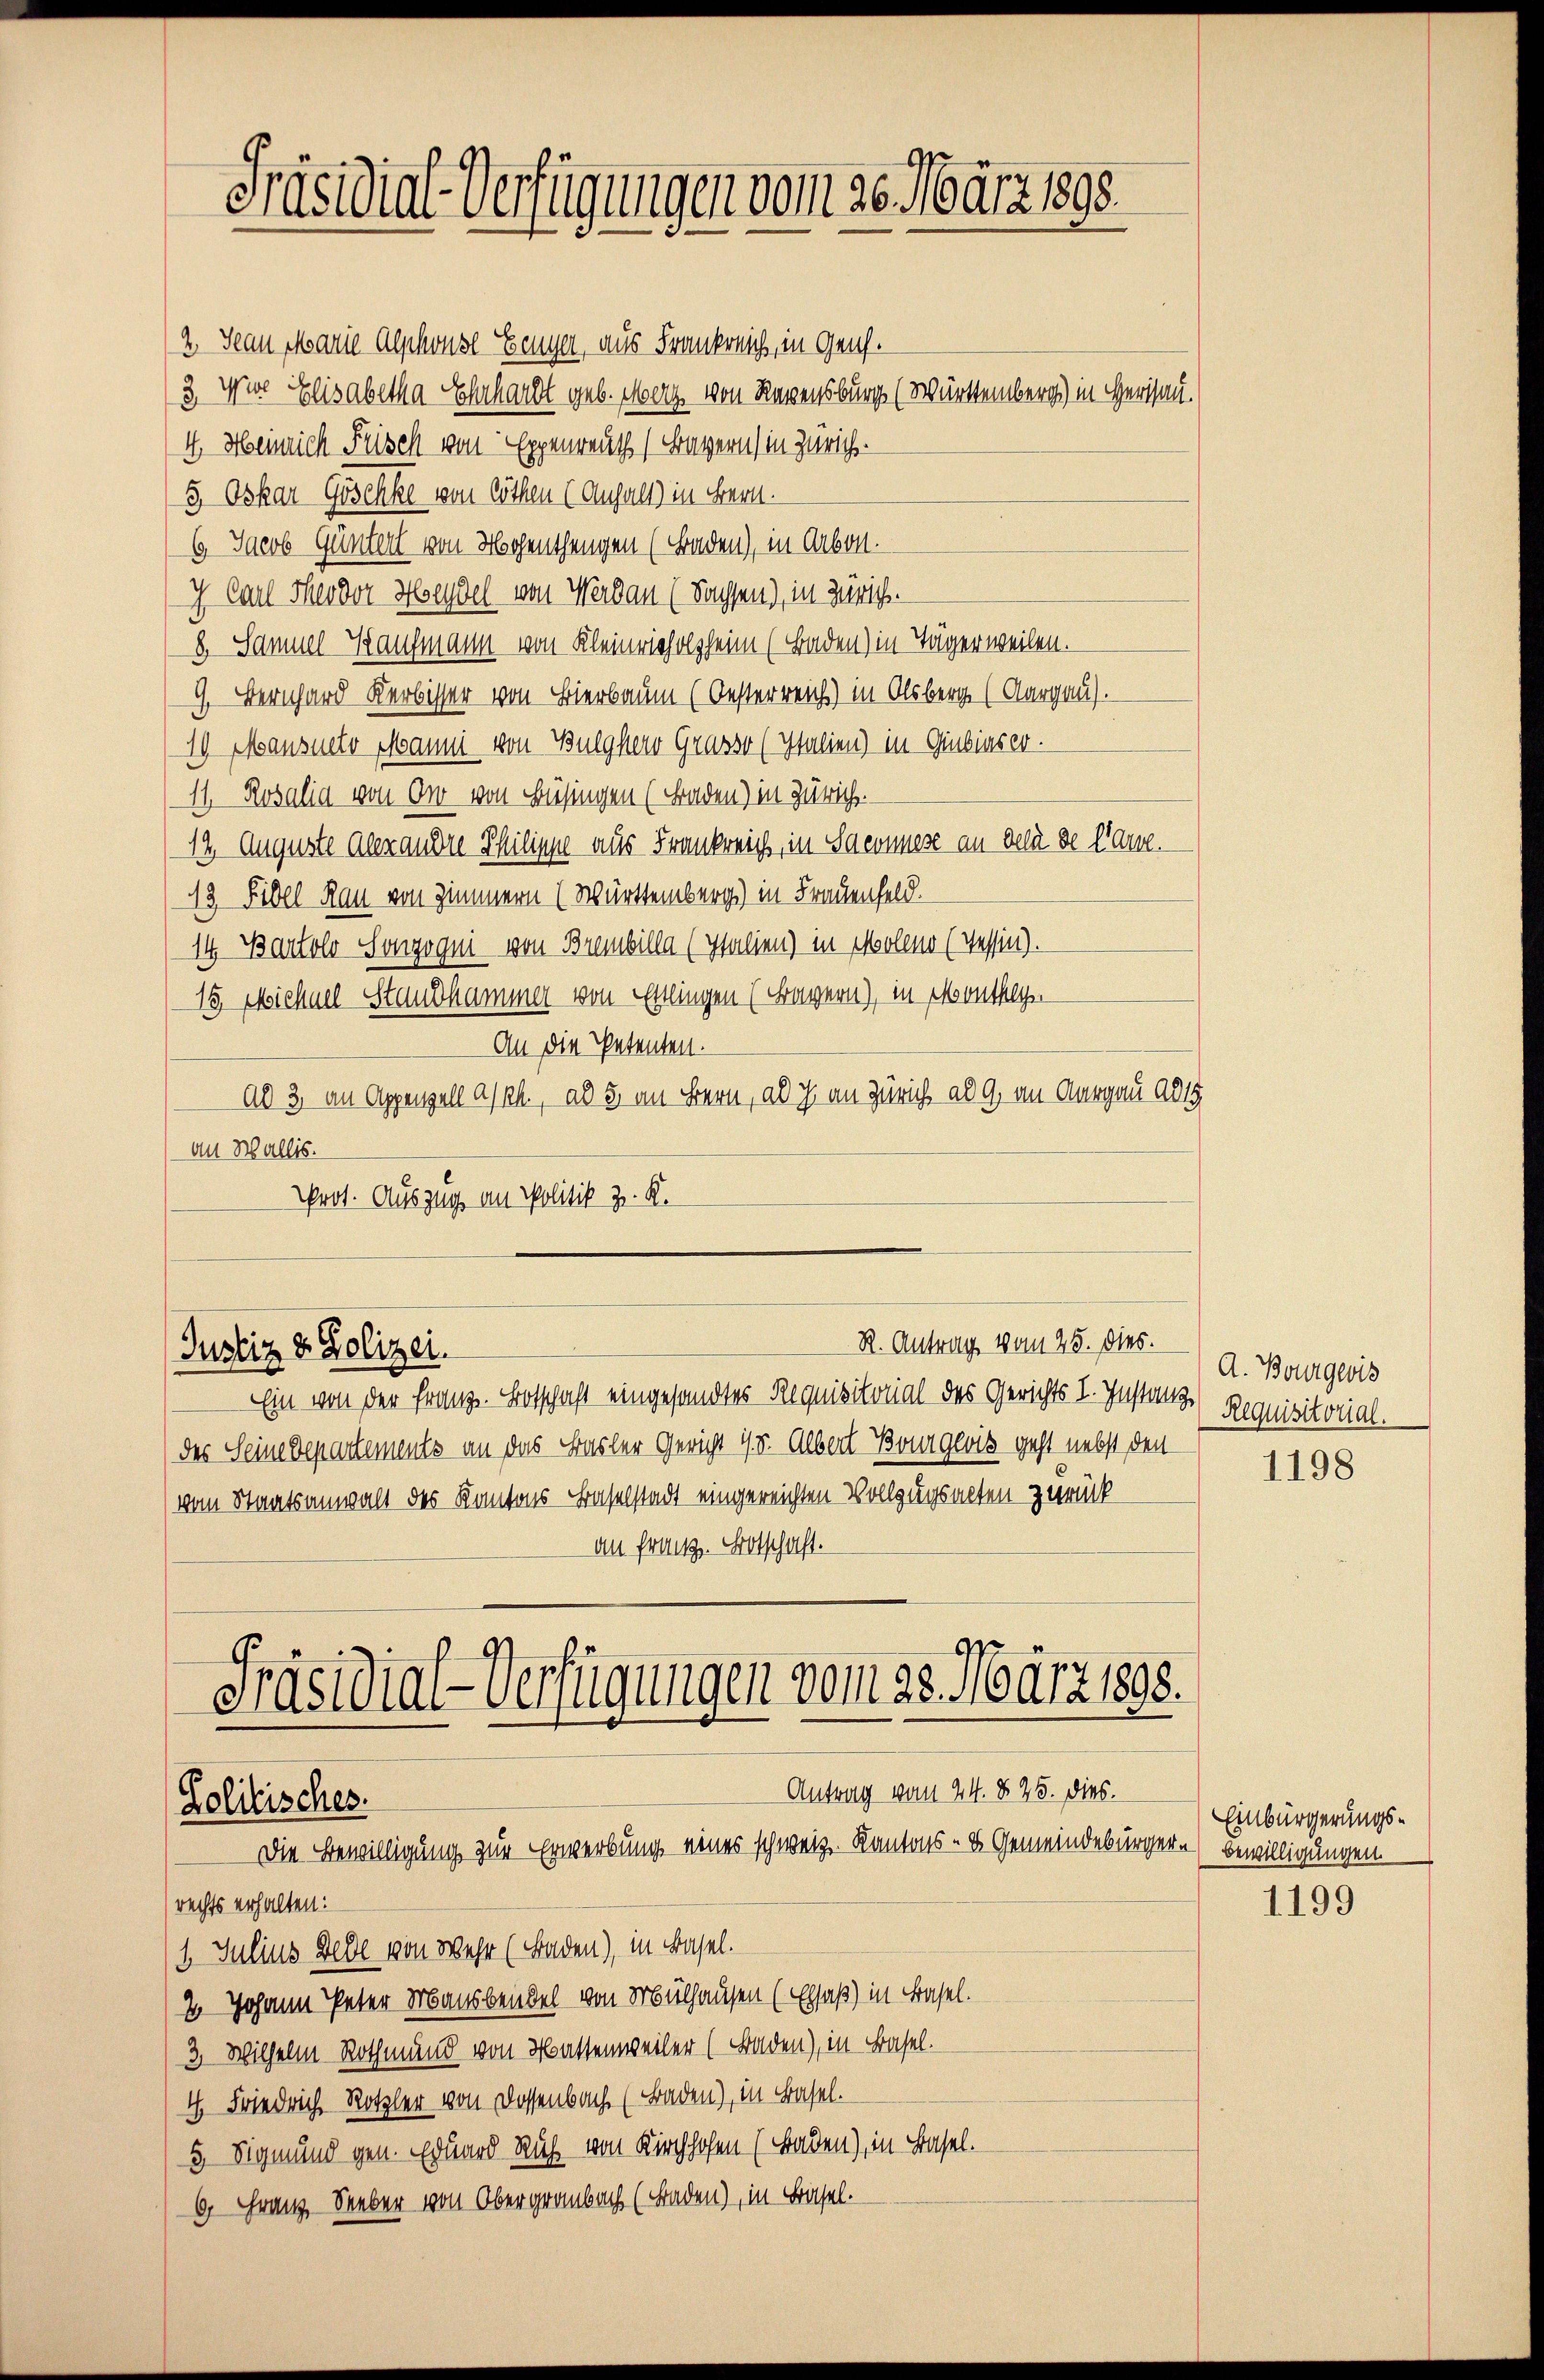
Präsidial-Verfügungen vom 20. März 1890.

2. Jean Marie Alphouse Genger, aus Frankreich, in Genf.
3. Wir Elisabetha Ehrhardt geb. Merz von Regensburg (Württemberg) in Herisau.
4. Heinrich Frisch von Eppenreuth (Bayern in Zürich.
3 Oskar Göschke von Göthen (Augalt in Bern.
6. Jacob Güntert von Hohenthungen (Baden), in Arbon.
ch Carl Theodor Heydel von Werdau (Sachsen), in Zürich.
8. Samuel Kaufmann von Kleinricholzheim (Baden) in Tägerweilen.
9. Bernhard Kerbisser von Bierbaum (Oesterreich) in Olsberg (Aargau).
19. Mansueto Manni von Bulgherr Grasso (Italien) in Giubiaser.
11. Rosalia von der von Büsingen (Baden) in Zürich.
12. Auguste Alexandre Philippe aus Frankreich, in Saemnese an der de Care.
13 Fibel Rau von Zimmern (Württemberg) in Frauenfeld.
14 Bartolo Songogni von Brembilla (Italien) in Moleno (Tessin).
15. Michael Staudhammer von Ettlingen (Fragern), in Monthey
An die Petenten.
ad 3, an Appenzell a/Rh., ad 3. an Bern, ab ich an Zürich ab 9, am Aargau 1815
an Wallis.
Prot. Auszug an Politik z. K.

R. Antrag vom 25. dies.
Justiz & Polizei.

Ein von der Franz. Botschaft eingesandtes Requisitorial des Gerichts I. Instanz
des Seine Departements an das Basler Gericht 15. Albert Bourgeris geht nebst den
vom Staatsanwalt des Kantons Baselstadt eingereichten Vollzugsalten zurück
an Franz. Botschaft.

Präsidial-Verfügungen vom 28. März 1893.
Antrag vom 24. § 25. dies.
Solitisches.
Die Bewilligung zur Erwerbung eines schweiz. Kantons- & Gemeindebürger bewilligungen.

rechts erhalten:
1. Julius Bede von Wehr (Baden), in Basel.
7. Johann Peter Mausbeubel von Mülhausen (Elsaß) in Basel.
3. Wilhelm Rothmünd von Massenweiler (Baden), in Basel.
ch Friedrich Rotzler von Dossenbach. (Baden), in Basel.
5. Sigmund gen. Eduard Ruch von Kirchhofen (Baden), in Basel.
6. Franz Seeber von Obergrambach (Baden), in Basel.

A. Bourgwis
Requisitorial.

1198

Einbürgerungs¬

1199